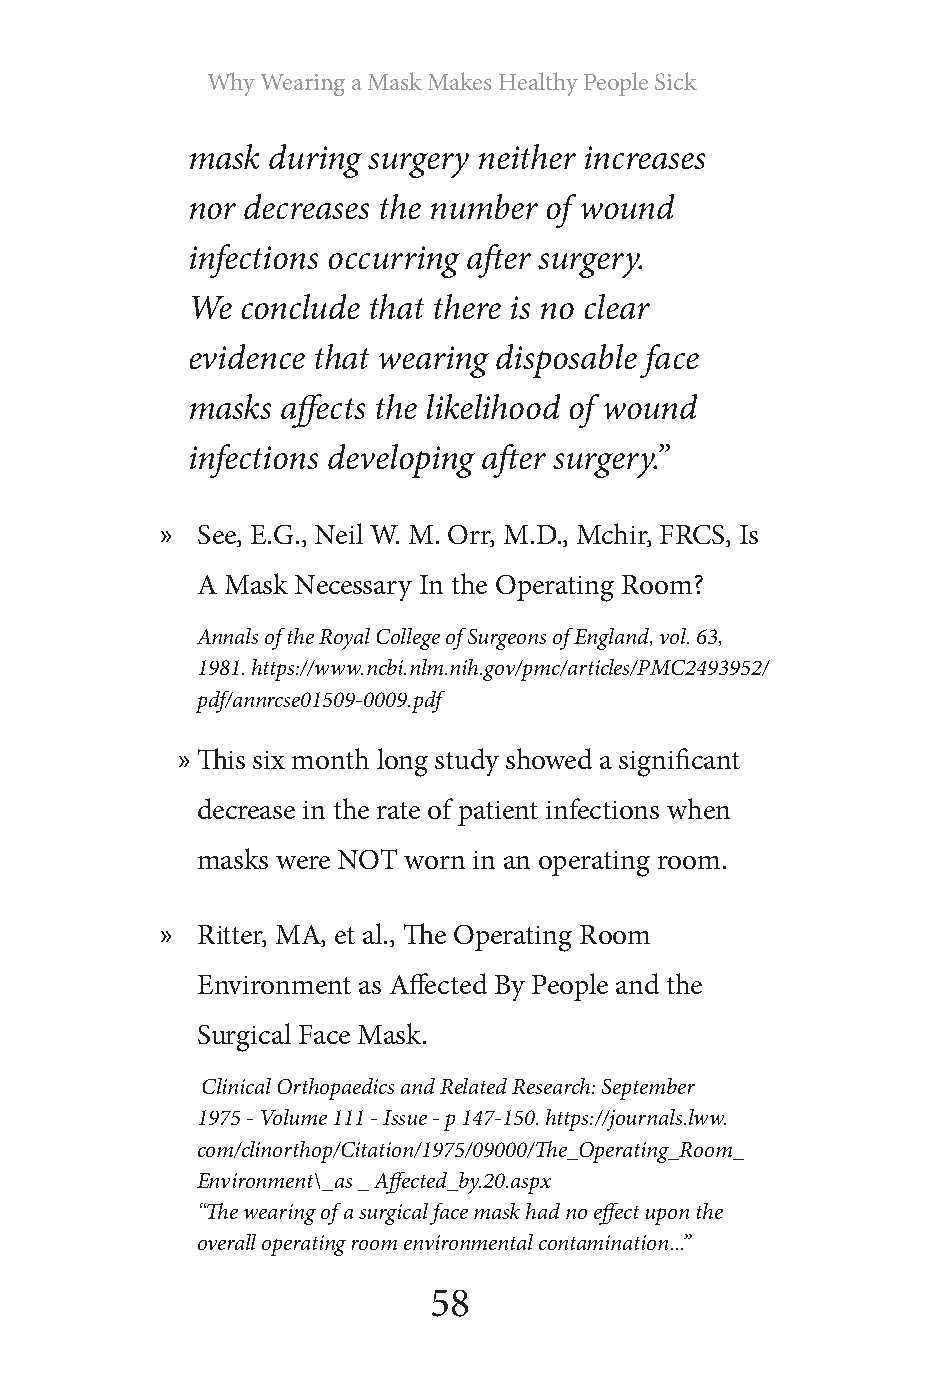
Why Wearing a Mask Makes Healthy People Sick
 mask  during surgery neither increases
 nor decreases the number of wound
 infections occurring after surgery.
 We  conclude that there is no clear
 evidence that wearing disposable face
 masks  affects the likelihood of wound
 infections developing after surgery.”
 » See, E.G., Neil W. M. Orr, M.D., Mchir, FRCS, Is
 A Mask Necessary In the Operating Room?
 Annals of the Royal College of Surgeons of England, vol. 63,
 1981. https://www.ncbi.nlm.nih.gov/pmc/articles/PMC2493952/
 pdf/annrcse01509-0009.pdf
 » This six month long study showed a significant
 decrease in the rate of patient infections when
 masks were NOT worn in an operating room.
 » Ritter, MA, et al., The Operating Room
 Environment as Affected By People and the
 Surgical Face Mask.
 Clinical Orthopaedics and Related Research: September
 1975 - Volume 111 - Issue - p 147-150. https://journals.lww.
 com/clinorthop/Citation/1975/09000/The_Operating_Room_
 Environment\_as _ Affected_by.20.aspx
 “The wearing of a surgical face mask had no effect upon the
 overall operating room environmental contamination...”
 58